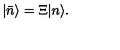
| { \bar { n } } \rangle = { \Xi } | n \rangle .